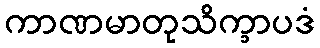
ကာဏမာတုသိက္ခာပဒံ